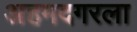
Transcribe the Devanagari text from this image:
अहमदगरला